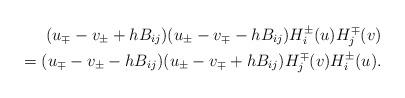
LaTeX: \begin{align*}(u_{\mp}-v_{\pm}+hB_{ij})(u_{\pm}-v_{\mp}-hB_{ij})H_{i}^{\pm}(u)H_{j}^{\mp}(v)\\=(u_{\mp}-v_{\pm}-hB_{ij})(u_{\pm}-v_{\mp}+hB_{ij})H_{j}^{\mp}(v)H_{i}^{\pm}(u).\end{align*}